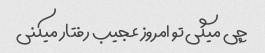
چی میگی تو امروز عجیب رفتار میکنی